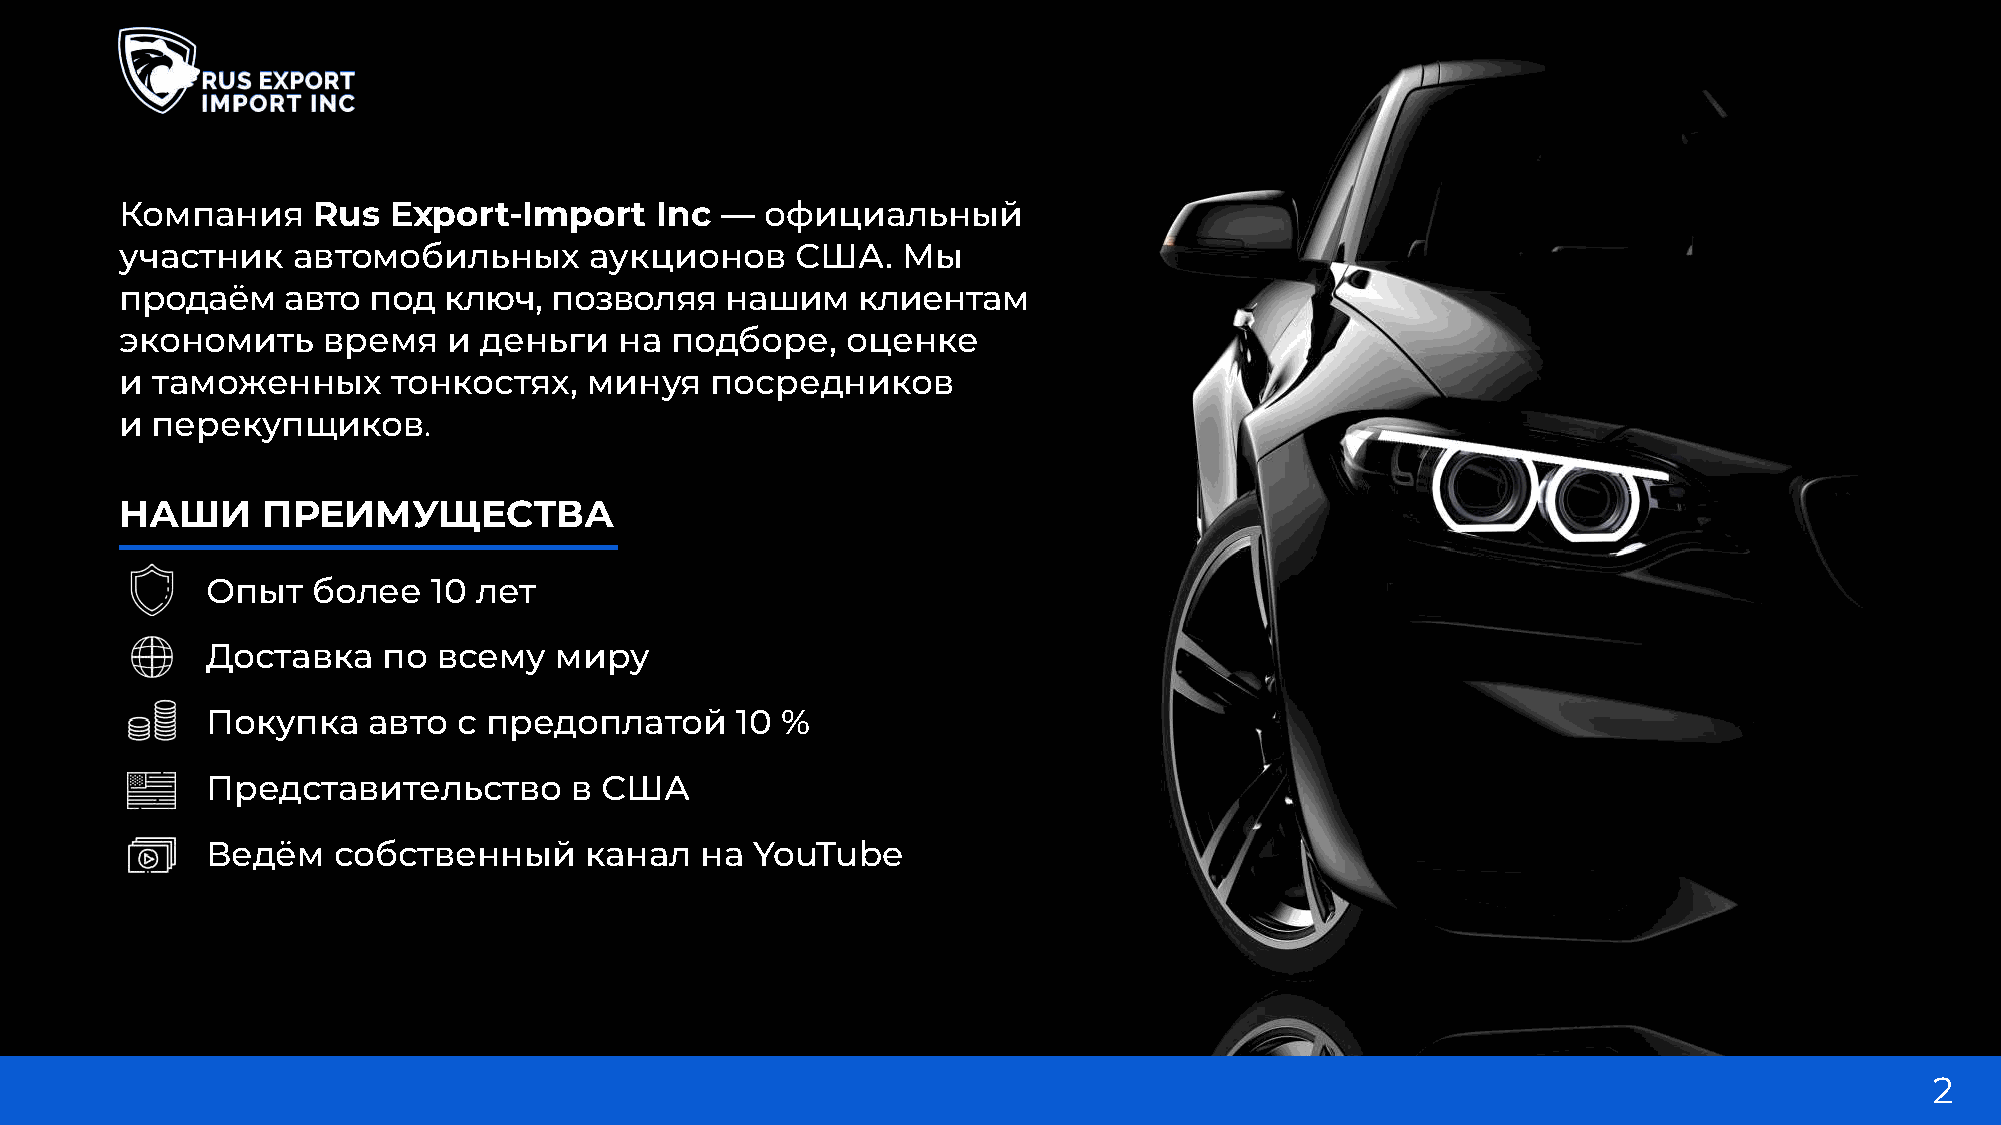
Компания     Rus  Export-Import    Inc  —  официальный
 участник   автомобильных       аукционов     США.   Мы
 продаём    авто под  ключ,  позволяя    нашим    клиентам
 экономить    время    и деньги   на подборе,    оценке
 и таможенных      тонкостях,   минуя   посредников
 и перекупщиков.
 наши     преимуЩества
 •     Опыт   более   10 лет
 •     Доставка   по  всему   миру
 •     Покупка   авто  с предоплатой      10 %
 •     Представительство       в США
 •     Ведём   собственный      канал  на  YouTube
 2